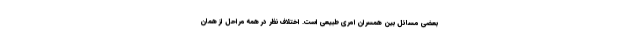
بعضی مسائل بین همسران امری طبیعی است. اختلاف نظر در همه مراحل از همان